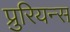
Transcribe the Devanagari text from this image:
प्रुरियन्स